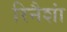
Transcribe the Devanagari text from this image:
रिनैशां